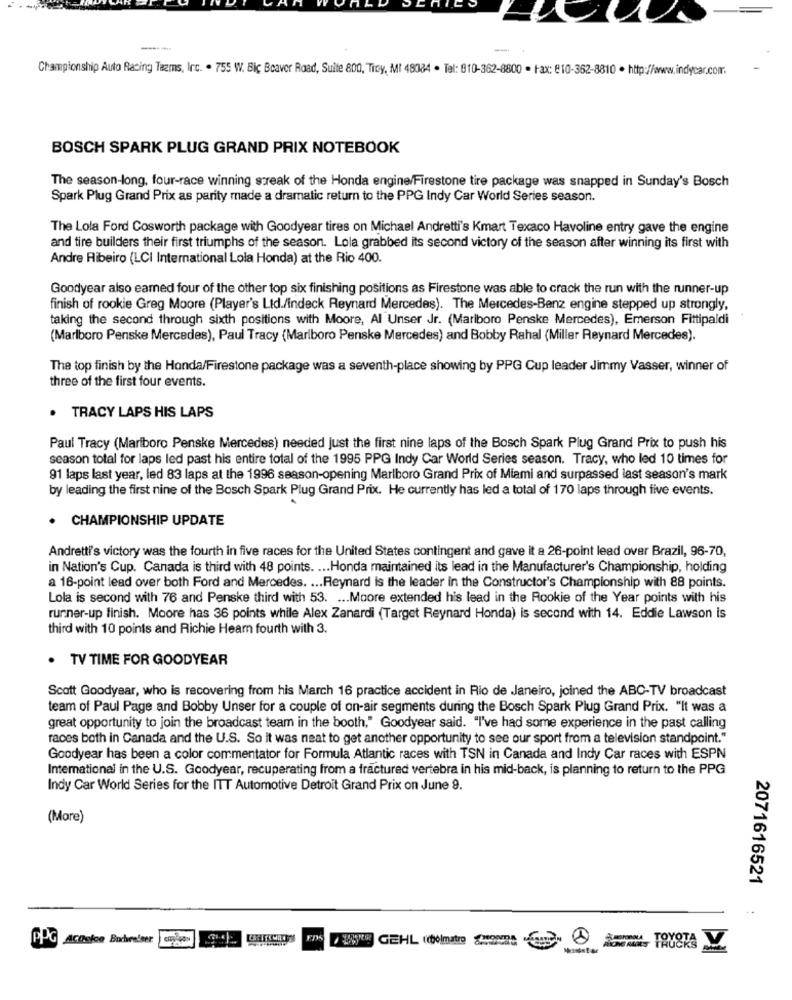
-
Championship Auto Racing Teams, Inc. . 755 W. Bic Beaver Road, Suite 800, Ticy, MI 48084 . Tel: 010-362-8800 - Fax: @10-362-8810 . http://www.indycar.com
BOSCH SPARK PLUG GRAND PRIX NOTEBOOK
The season-long, four-race winning streak of the Honda engine/Firestone tire package was snapped in Sunday's Bosch
Spark Plug Grand Prix as parity made a dramatic return to the PPG Indy Car World Series season.
The Lola Ford Cosworth package with Goodyear tires on Michael Andretti's Kmart Texaco Havoline entry gave the engine
and tire builders their first triumphs of the season. Lola grabbed its second victory of the season after winning its first with
Andre Ribeiro (LCI International Lola Honda) at the Rio 400.
Goodyear also earned four of the other top six finishing positions as Firestone was able to crack the run with the runner-up
finish of rookie Greg Moore (Player's Lid./Indeck Reynard Mercedes). The Mercedes-Benz engine stepped up strongly,
taking the second through sixth positions with Moore, Al Unser Jr. (Marlboro Penske Mercedes), Emerson Fittipaldi
(Marlboro Penske Mercedes), Paul Tracy (Marlboro Penske Mercedes) and Bobby Rahal (Miller Reynard Mercedes).
The top finish by the Honda/Firestone package was a seventh-place showing by PPG Cup leader Jimmy Vasser, winner of
three of the first four events.
. TRACY LAPS HIS LAPS
Paul Tracy (Marlboro Penske Mercedes) needed just the first nine laps of the Bosch Spark Plug Grand Prix to push his
season total for laps led past his entire total of the 1995 PPG Indy Car World Series season. Tracy, who led 10 times for
91 laps last year, led 83 laps at the 1996 season-opening Marlboro Grand Prix of Miami and surpassed last season's mark
by leading the first nine of the Bosch Spark Plug Grand Prix. He currently has led a total of 170 laps through five events.
CHAMPIONSHIP UPDATE
Andretti's victory was the fourth in five races for the United States contingent and gave it a 26-point lead over Brazil, 96-70,
in Nation's Cup. Canada is third with 48 points. ... Honda maintained its lead in the Manufacturer's Championship, holding
a 16-point lead over both Ford and Mercedes. ... Reynard is the leader in the Constructor's Championship with 88 points.
Lola is second with 76 and Penske third with 53. ... Moore extended his lead in the Rookie of the Year points with his
runner-up finish. Moore has 36 points while Alex Zanardi {Target Reynard Honda) is second with 14. Eddie Lawson is
third with 10 points and Richie Heam fourth with 3.
. TV TIME FOR GOODYEAR
Scott Goodyear, who is recovering from his March 16 practice accident in Rio de Janeiro, joined the ABC-TV broadcast
team of Paul Page and Bobby Unser for a couple of on-air segments during the Bosch Spark Plug Grand Prix. "It was a
great opportunity to join the broadcast team in the booth," Goodyear said. "I've had some experience in the past calling
races both in Canada and the U.S. So it was neat to get another opportunity to see our sport from a television standpoint."
Goodyear has been a color commentator for Formula Atlantic races with TSN in Canada and Indy Car races with ESPN
International in the U.S. Goodyear, recuperating from a fractured vertebra in his mid-back, is planning to return to the PPG
Indy Car World Series for the ITT Automotive Detroit Grand Prix on June 9.
(More)
2071616521
..
PPG ACOxfce Bochrelser
GEHL (toinatre TRY